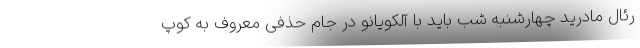
رئال مادرید چهارشنبه شب باید با آلکویانو در جام حذفی معروف به کوپ